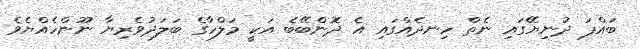
ބައްޕަ ދުނިޔޭގައި ނެތް ހިނދެއްގައި އެ ދޮންބޭބެ އަކީ މަލްހާގެ ބަލަދުވެރިޔާ ނޫންހެއްޔެވެ